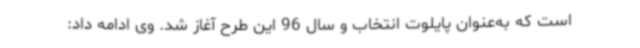
است که به‌عنوان پایلوت انتخاب و سال 96 این طرح آغاز شد. وی ادامه داد: